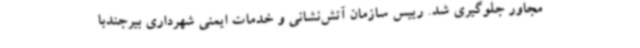
مجاور جلوگیری شد. رییس سازمان آتش‌نشانی و خدمات ایمنی شهرداری بیرجندبا